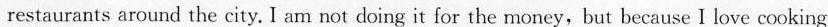
restaurants around the city. I am not doing it for the money,but because I love cooking.